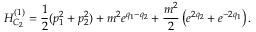
{ \cal H } _ { C _ { 2 } } ^ { ( 1 ) } = { \frac { 1 } { 2 } } ( p _ { 1 } ^ { 2 } + p _ { 2 } ^ { 2 } ) + m ^ { 2 } e ^ { q _ { 1 } - q _ { 2 } } + { \frac { m ^ { 2 } } { 2 } } \left( e ^ { 2 q _ { 2 } } + e ^ { - 2 q _ { 1 } } \right) .